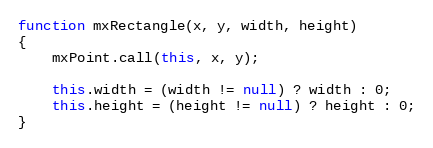
Language: JavaScript
function mxRectangle(x, y, width, height)
{
	mxPoint.call(this, x, y);

	this.width = (width != null) ? width : 0;
	this.height = (height != null) ? height : 0;
}